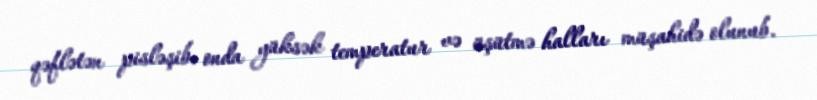
qəflətən pisləşib, onda yüksək temperatur və üşütmə halları müşahidə olunub.